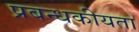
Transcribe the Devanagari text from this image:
प्रबन्धकीयता